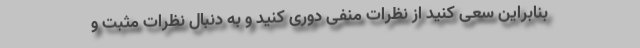
بنابراین سعی کنید از نظرات منفی دوری کنید و به دنبال نظرات مثبت و